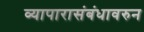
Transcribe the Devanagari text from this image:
व्यापारासंबंधावरुन